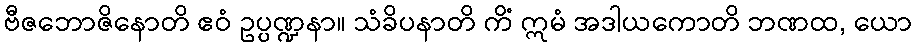
ဗီဇဘောဇိနောတိ ဧဝံ ဥပ္ပဏ္ဍနာ။ သံခိပနာတိ ကိံ ဣမံ အဒါယကောတိ ဘဏထ, ယော